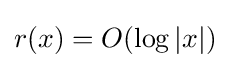
r(x)=O(\log |x|)